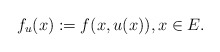
\begin{align*}f_u(x):=f(x,u(x)),x\in E.\end{align*}